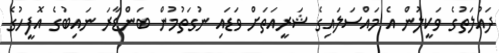
ދައުލަތުގެ ވަކީލުން އެ މައްސަލައިގެ ޝަރީއަތަށް ވަޑައި ނުގަތުމުން ބަންޑާރަ ނައިބުގެ އޮފީހުގެ